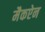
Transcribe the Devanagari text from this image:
मैकऐन